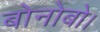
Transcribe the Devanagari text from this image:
बोनोबो।